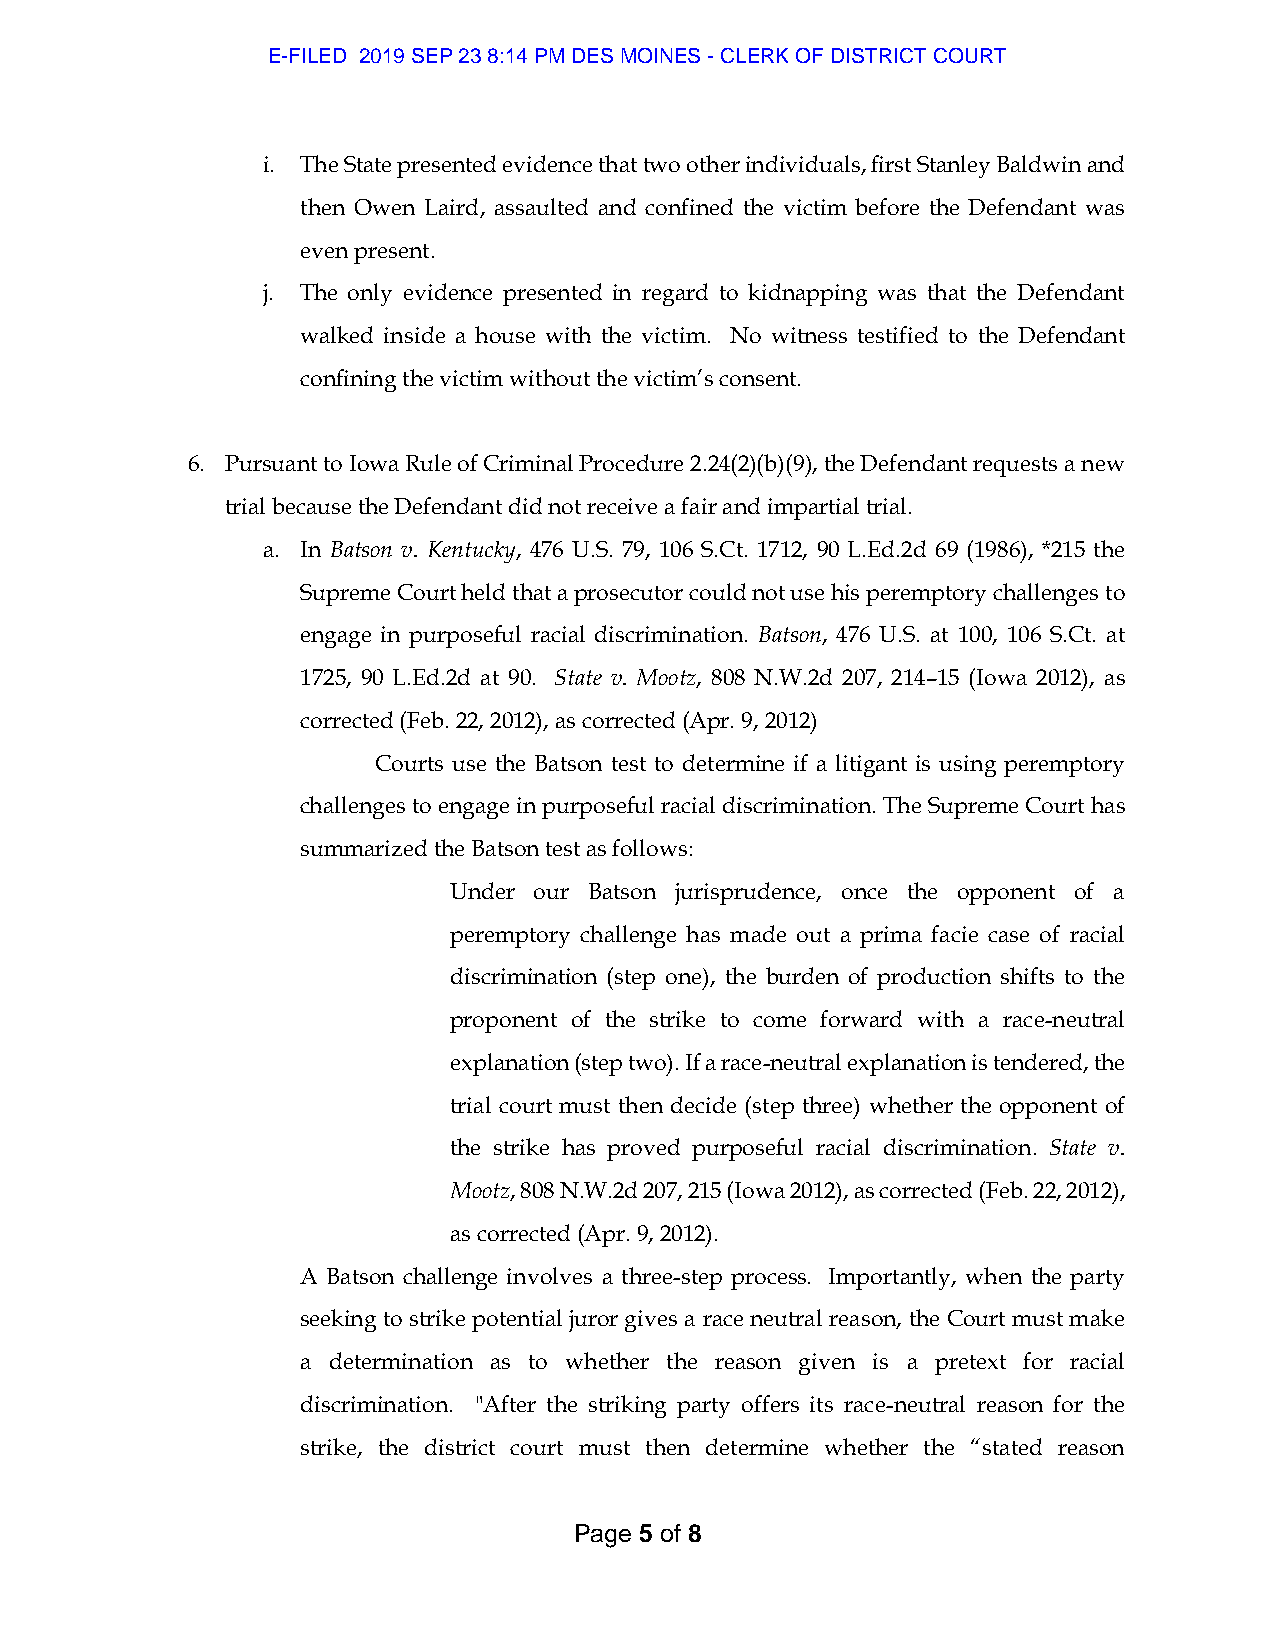
E-FILED 2019 SEP 23 8:14 PM DES MOINES - CLERK OF DISTRICT COURT
 i. The State presented evidence that two other individuals, first Stanley Baldwin and
 then Owen Laird, assaulted and confined the victim before the Defendant was
 even present.
 j. The only evidence presented in regard to kidnapping was that the Defendant
 walked inside a house with the victim. No witness testified to the Defendant
 confining the victim without the victim’s consent.
 6. Pursuant to Iowa Rule of Criminal Procedure 2.24(2)(b)(9), the Defendant requests a new
 trial because the Defendant did not receive a fair and impartial trial.
 a. In Batson v. Kentucky, 476 U.S. 79, 106 S.Ct. 1712, 90 L.Ed.2d 69 (1986), *215 the
 Supreme Court held that a prosecutor could not use his peremptory challenges to
 engage in purposeful racial discrimination. Batson, 476 U.S. at 100, 106 S.Ct. at
 1725, 90 L.Ed.2d at 90. State v. Mootz, 808 N.W.2d 207, 214–15 (Iowa 2012), as
 corrected (Feb. 22, 2012), as corrected (Apr. 9, 2012)
 Courts use the Batson test to determine if a litigant is using peremptory
 challenges to engage in purposeful racial discrimination. The Supreme Court has
 summarized the Batson test as follows:
 Under our Batson jurisprudence, once the opponent of a
 peremptory challenge has made out a prima facie case of racial
 discrimination (step one), the burden of production shifts to the
 proponent of the strike to come forward with a race-neutral
 explanation (step two). If a race-neutral explanation is tendered, the
 trial court must then decide (step three) whether the opponent of
 the strike has proved purposeful racial discrimination. State v.
 Mootz, 808 N.W.2d 207, 215 (Iowa 2012), as corrected (Feb. 22, 2012),
 as corrected (Apr. 9, 2012).
 A Batson challenge involves a three-step process. Importantly, when the party
 seeking to strike potential juror gives a race neutral reason, the Court must make
 a determination as to whether the reason given is a pretext for racial
 discrimination. "After the striking party offers its race-neutral reason for the
 strike, the district court must then determine whether the “stated reason
 Page 5 of 8